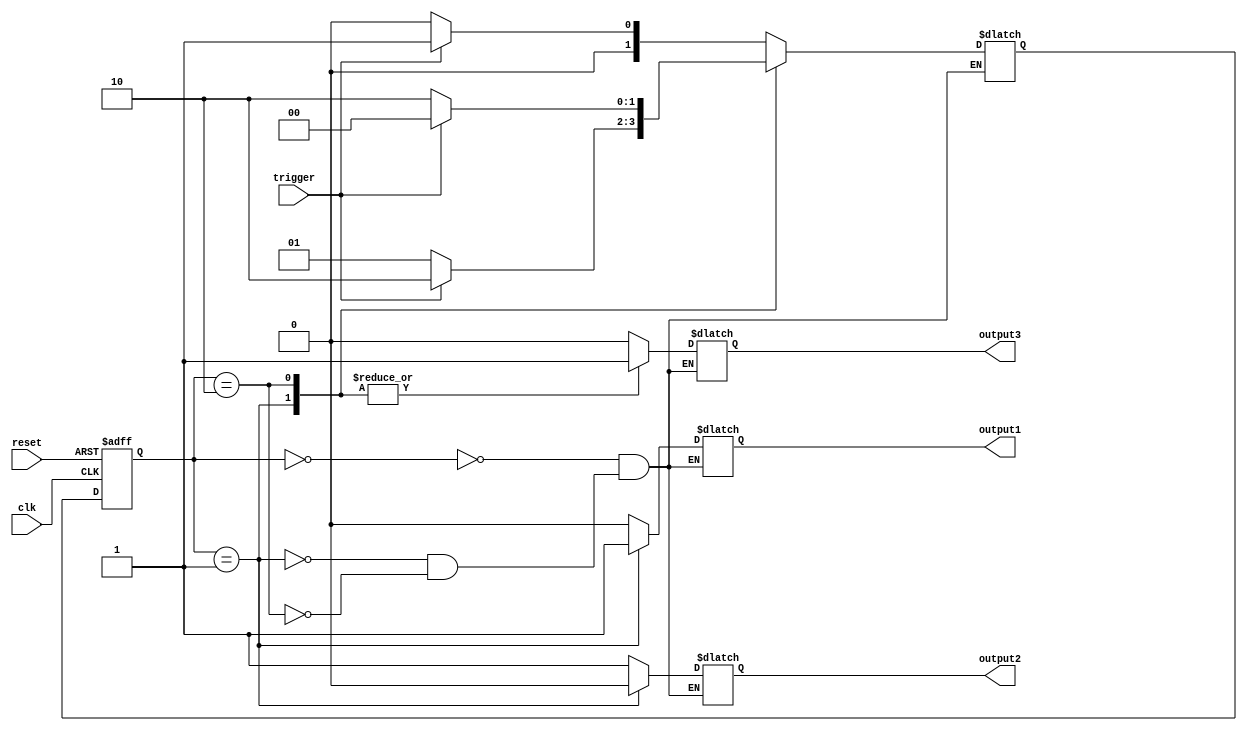
module Mealy_State_Machine (
    input trigger,
    input clk,
    input reset,
    output reg output1,
    output reg output2,
    output reg output3
);

// State definition
parameter STATE_A = 2'b00;
parameter STATE_B = 2'b01;
parameter STATE_C = 2'b10;

// State register
reg [1:0] state_reg, next_state;

always @(posedge clk or posedge reset) begin
    if (reset) begin
        state_reg <= STATE_A;
    end else begin
        state_reg <= next_state;
    end
end

// Output logic
always @(*) begin
    case(state_reg)
        STATE_A: begin
            output1 = 1'b0;
            output2 = 1'b1;
            output3 = 1'b0;
            if(trigger) begin
                next_state = STATE_B;
            end else begin
                next_state = STATE_A;
            end
        end
        STATE_B: begin
            output1 = 1'b1;
            output2 = 1'b0;
            output3 = 1'b1;
            if(trigger) begin
                next_state = STATE_C;
            end else begin
                next_state = STATE_B;
            end
        end
        STATE_C: begin
            output1 = 1'b0;
            output2 = 1'b1;
            output3 = 1'b1;
            if(trigger) begin
                next_state = STATE_A;
            end else begin
                next_state = STATE_C;
            end
        end
    endcase
end

endmodule